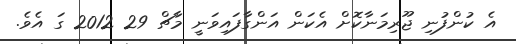
އެ ކުންފުނި ޖޫރިމަނާކޮށް އެކަން އަންގާފައިވަނީ މާޗް 29 2012 ގަ އެވެ.